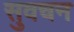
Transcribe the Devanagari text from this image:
सुवचन